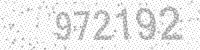
Solution: 972192